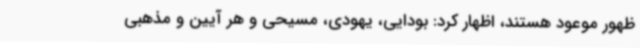
ظهور موعود هستند، اظهار کرد: بودایی، یهودی، مسیحی و هر آیین و مذهبی